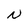
Character: N